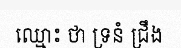
ឈ្មោះ ថា ទ្រនំ ជ្រឹង